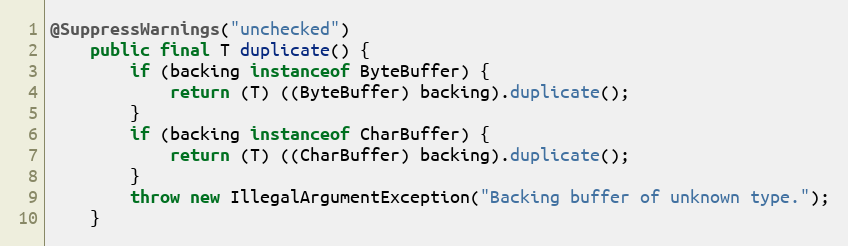
Language: Java
@SuppressWarnings("unchecked")
    public final T duplicate() {
        if (backing instanceof ByteBuffer) {
            return (T) ((ByteBuffer) backing).duplicate();
        }
        if (backing instanceof CharBuffer) {
            return (T) ((CharBuffer) backing).duplicate();
        }
        throw new IllegalArgumentException("Backing buffer of unknown type.");
    }